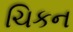
ચિકન